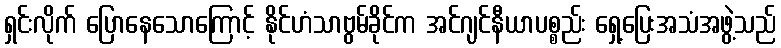
ရှင်းလိုက် ပြောနေသောကြောင့် နိုင်ဟံသာဗွမ်ခိုင်က အင်ဂျင်နီယာပစ္စည်း ရှေ့ပြေးအသံအဖွဲ့သည်